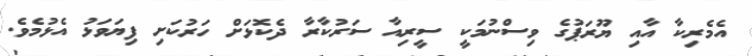
އެމެރިކާ އާއި ޔޫރަޕުގެ ވިސްނުމަކީ ސީރިއާ ސަރުކާރާ ދެކޮޅަށް ހަރުކަށި ފިޔަވަޅު އެޅުމެވެ.